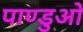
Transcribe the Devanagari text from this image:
पाण्डुओ